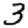
Digit: 3